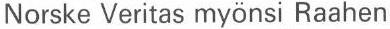
Norske Veritas myönsi Raahen